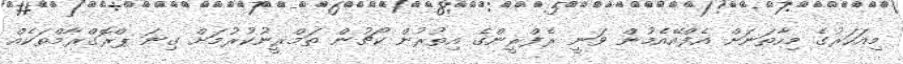
މިއަހަރުގެ މިހާތަނަށް އެފްއޭއެމުން ވަނީ ރެފްރީންގެ އިތުރުން ކޯޗުން ތަމްރީނުކުރުމަށް ގިނަ ޕްރޮގްރާމްތަކެއް